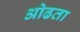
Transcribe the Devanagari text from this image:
ओढता